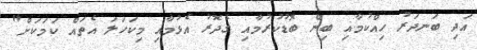
އަދި ބަނދަރު ހިއްކުމާއި ބިން ބޮޑުކުރުމާއި ގެދޮރު އެޅުމާއި މިކަހަލަ އެތައް ކަމަކަށް"